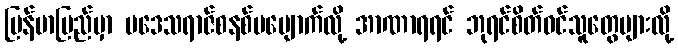
မြန်မာပြည်မှာ ပဒေသရာဇ်စနစ်မပျောက်လို့ အာဏာရရင် ဘုရင်စိတ်ဝင်သူတွေများလို့